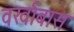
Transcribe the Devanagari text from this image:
वर्खाबास